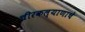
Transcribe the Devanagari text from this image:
चीरकल्याणाचे